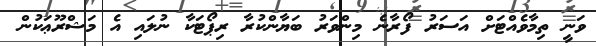
ވަނީ ތިމާވެއްޓަށް އަސަރު ފޯރާނެ މިންވަރު ބަޔާންކުރާ ރިޕޯޓަކާ ނުލައި އެ މަޝްރޫޢަކުން